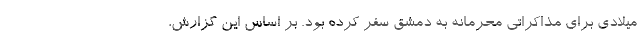
میلادی برای مذاکراتی محرمانه به دمشق سفر کرده بود. بر اساس این گزارش،